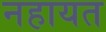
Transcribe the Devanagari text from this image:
नहायत